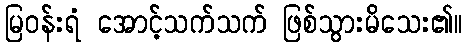
မြဝန်းရံ အောင့်သက်သက် ဖြစ်သွားမိသေး၏။